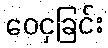
ဝေငှခြင်း